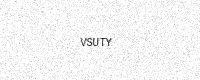
Text: VSUTY